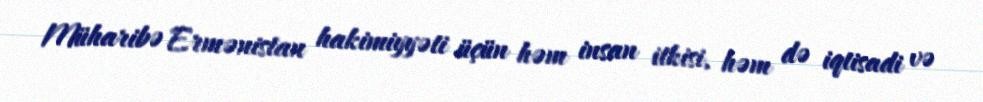
Müharibə Ermənistan hakimiyyəti üçün həm insan itkisi, həm də iqtisadi və